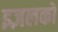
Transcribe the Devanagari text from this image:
इज़लको